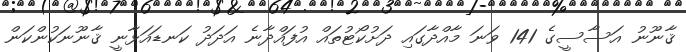
ޤާނޫނު އަސާސީގެ 141 ވަނަ މާއްދާގައި ދަށުކޯޓުތައް އުފައްދާނެ އަދަދު ކަނޑައަޅާނީ ޤާނޫނަކުންކަން